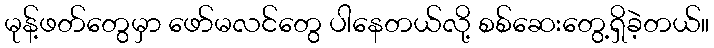
မုန့်ဖတ်တွေမှာ ဖော်မလင်တွေ ပါနေတယ်လို့ စစ်ဆေးတွေ့ရှိခဲ့တယ်။